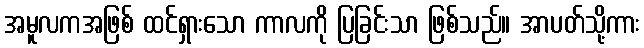
အမူလကအဖြစ် ထင်ရှားသော ကာလကို ပြခြင်းသာ ဖြစ်သည်။ အာပတ်သို့ကား